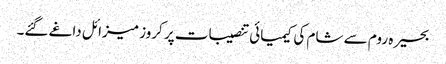
بحیرہ روم سے شام کی کیمیائی تنصیبات پر کروز میزائل داغے گئے۔